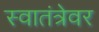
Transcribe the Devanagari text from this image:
स्वातंत्रेवर